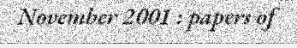
November 2001 : papers of